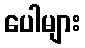
ပေါများ